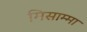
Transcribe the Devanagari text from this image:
मिसाम्मा